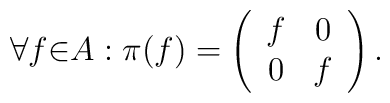
{\forall}  f  {\in}A  : {\pi}(f) = \left(\begin{array}{cc}f & 0 \\0 & f\end{array}\right).